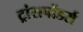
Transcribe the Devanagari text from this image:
ट्रांसपोंडर्स